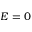
E = 0